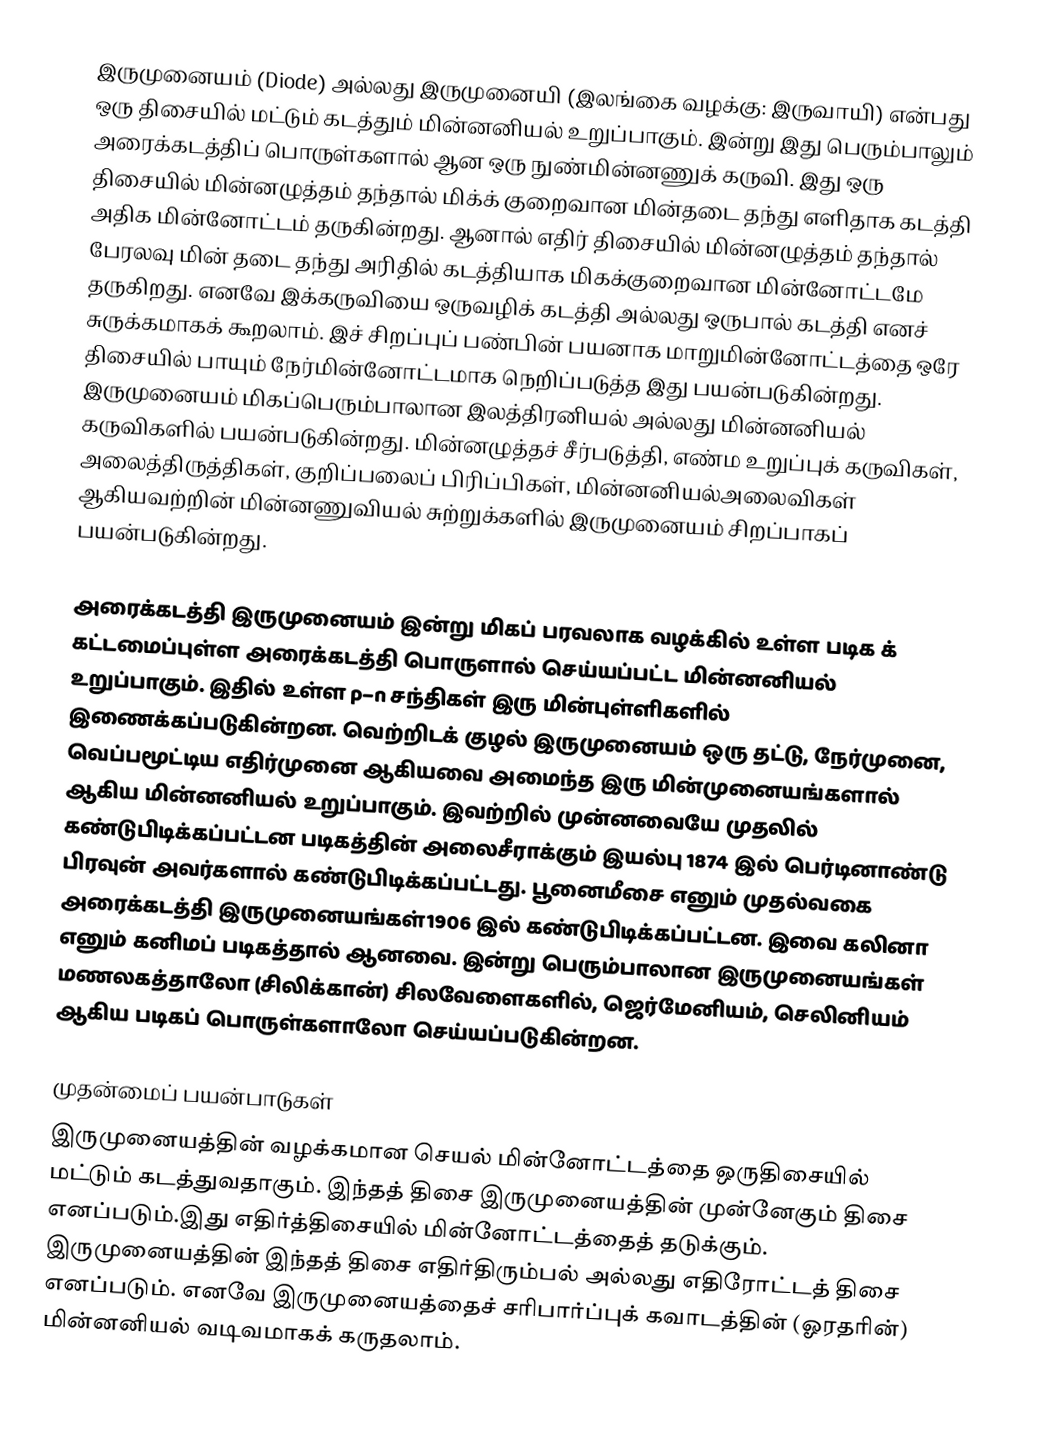
இருமுனையம் (Diode) அல்லது இருமுனையி (இலங்கை வழக்கு: இருவாயி) என்பது ஒரு திசையில் மட்டும் கடத்தும் மின்னனியல் உறுப்பாகும். இன்று இது பெரும்பாலும் அரைக்கடத்திப் பொருள்களால் ஆன ஒரு நுண்மின்னணுக் கருவி. இது ஒரு திசையில் மின்னழுத்தம் தந்தால் மிக்க் குறைவான மின்தடை தந்து எளிதாக கடத்தி அதிக மின்னோட்டம் தருகின்றது. ஆனால் எதிர் திசையில் மின்னழுத்தம் தந்தால் பேரலவு மின் தடை தந்து அரிதில் கடத்தியாக மிகக்குறைவான மின்னோட்டமே தருகிறது. எனவே இக்கருவியை ஒருவழிக் கடத்தி அல்லது ஒருபால் கடத்தி எனச் சுருக்கமாகக் கூறலாம். இச் சிறப்புப் பண்பின் பயனாக மாறுமின்னோட்டத்தை ஒரே திசையில் பாயும் நேர்மின்னோட்டமாக நெறிப்படுத்த  இது பயன்படுகின்றது. இருமுனையம் மிகப்பெரும்பாலான இலத்திரனியல் அல்லது மின்னனியல் கருவிகளில் பயன்படுகின்றது. மின்னழுத்தச் சீர்படுத்தி, எண்ம உறுப்புக் கருவிகள், அலைத்திருத்திகள், குறிப்பலைப் பிரிப்பிகள்,  மின்னனியல்அலைவிகள் ஆகியவற்றின் மின்னணுவியல் சுற்றுக்களில் இருமுனையம் சிறப்பாகப் பயன்படுகின்றது.

அரைக்கடத்தி இருமுனையம் இன்று மிகப் பரவலாக வழக்கில் உள்ள படிக க் கட்டமைப்புள்ள அரைக்கடத்தி பொருளால் செய்யப்பட்ட மின்னனியல் உறுப்பாகும். இதில் உள்ள  p–n சந்திகள்  இரு மின்புள்ளிகளில் இணைக்கப்படுகின்றன. வெற்றிடக் குழல் இருமுனையம் ஒரு தட்டு, நேர்முனை, வெப்பமூட்டிய  எதிர்முனை ஆகியவை அமைந்த இரு மின்முனையங்களால் ஆகிய மின்னனியல் உறுப்பாகும். இவற்றில் முன்னவையே முதலில் கண்டுபிடிக்கப்பட்டன  படிகத்தின் அலைசீராக்கும் இயல்பு 1874 இல் பெர்டினாண்டு பிரவுன் அவர்களால் கண்டுபிடிக்கப்பட்டது. பூனைமீசை எனும் முதல்வகை அரைக்கடத்தி இருமுனையங்கள்1906 இல் கண்டுபிடிக்கப்பட்டன. இவை கலினா எனும் கனிமப் படிகத்தால் ஆனவை. இன்று பெரும்பாலான  இருமுனையங்கள் மணலகத்தாலோ (சிலிக்கான்) சிலவேளைகளில்,  ஜெர்மேனியம், செலினியம் ஆகிய படிகப் பொருள்களாலோ செய்யப்படுகின்றன.

முதன்மைப் பயன்பாடுகள்
இருமுனையத்தின் வழக்கமான செயல் மின்னோட்டத்தை ஒருதிசையில் மட்டும் கடத்துவதாகும். இந்தத் திசை இருமுனையத்தின் முன்னேகும் திசை எனப்படும்.இது எதிர்த்திசையில் மின்னோட்டத்தைத் தடுக்கும். இருமுனையத்தின் இந்தத் திசை எதிர்திரும்பல் அல்லது எதிரோட்டத் திசை எனப்படும். எனவே இருமுனையத்தைச் சரிபார்ப்புக் கவாடத்தின் (ஓரதரின்) மின்னனியல் வடிவமாகக் கருதலாம்.